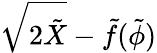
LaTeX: \sqrt{2\tilde{X}}-\tilde{f}(\tilde{\phi})